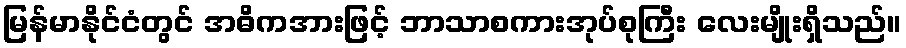
မြန်မာနိုင်ငံတွင် အဓိကအားဖြင့် ဘာသာစကားအုပ်စုကြီး လေးမျိုးရှိသည်။